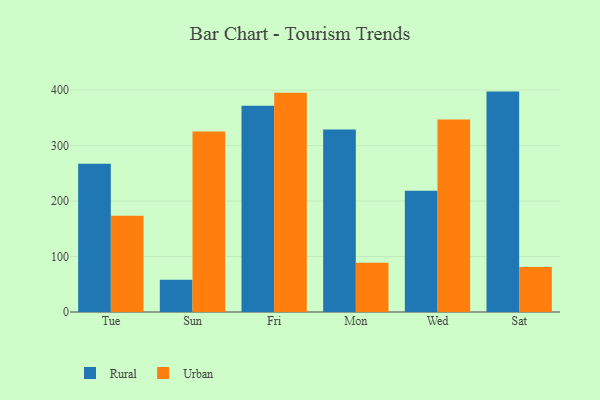
{"axis": {"x": "Day", "y": "Bounce Rate (%)"}, "legend": ["Rural", "Urban"], "data": [{"x": "Tue", "y": 267.4, "type": "Rural"}, {"x": "Tue", "y": 173.4, "type": "Urban"}, {"x": "Sun", "y": 58.2, "type": "Rural"}, {"x": "Sun", "y": 325.3, "type": "Urban"}, {"x": "Fri", "y": 371.8, "type": "Rural"}, {"x": "Fri", "y": 395.3, "type": "Urban"}, {"x": "Mon", "y": 329.1, "type": "Rural"}, {"x": "Mon", "y": 89.0, "type": "Urban"}, {"x": "Wed", "y": 218.5, "type": "Rural"}, {"x": "Wed", "y": 346.8, "type": "Urban"}, {"x": "Sat", "y": 397.3, "type": "Rural"}, {"x": "Sat", "y": 81.0, "type": "Urban"}]}